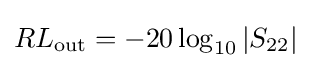
RL_{\mathrm {out} }=-20\log _{10}\left|S_{22}\right|